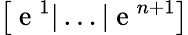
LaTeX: \left[\mathrm{~e~}^{1}|\dots|\mathrm{~e~}^{n+1}\right]